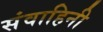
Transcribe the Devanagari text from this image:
संवाहिनी